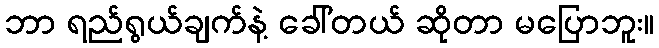
ဘာ ရည်ရွယ်ချက်နဲ့ ခေါ်တယ် ဆိုတာ မပြောဘူး။